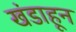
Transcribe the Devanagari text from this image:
खंडाहून